Trukikaitis_Postimees, lk 42
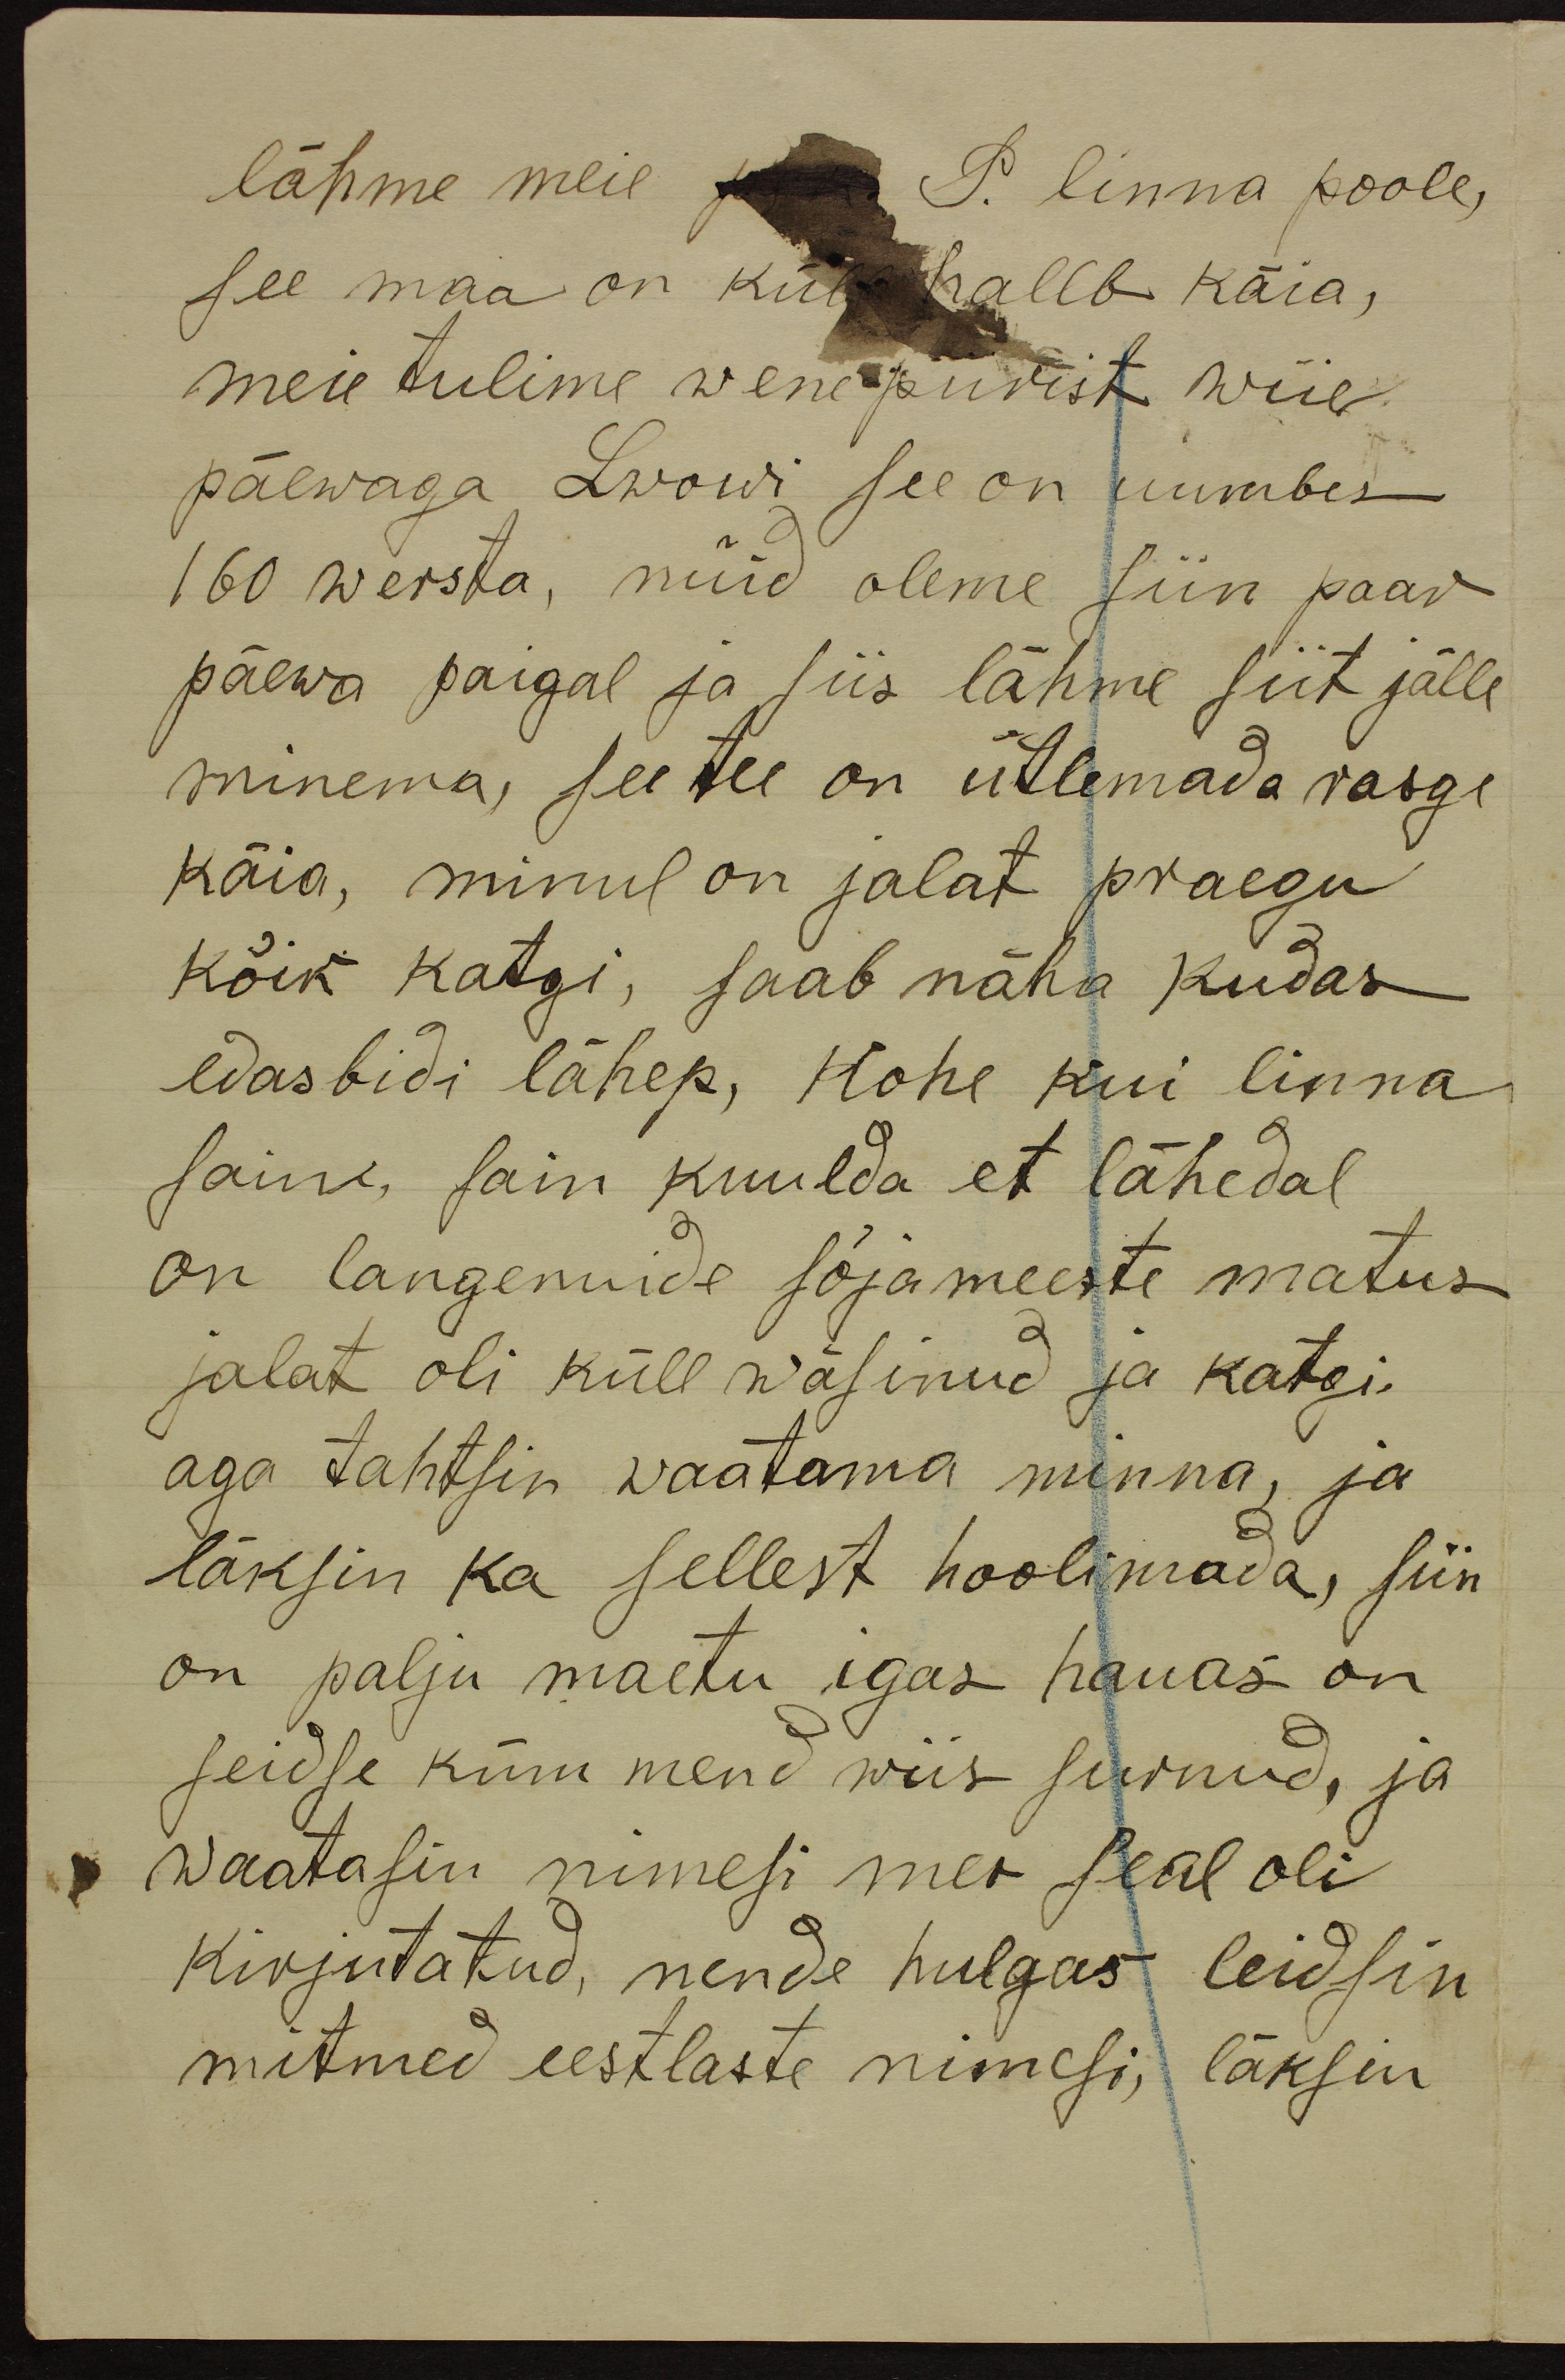
läpme meie järe. P. linna poole,
see maa on küll halb käia,
meie tulime wene piirist wiie
päewaga Lwowi see on uumbes
160 wersta, nüid oleme siin paar
päewa paigal ja siis lähme siit jälle
minema, see tee on ütlemada rasge
käia, minul on jalat praegu
kõik katgi, saab näha kudas
edasbidi lähep, kohe kui linna
saine sain kuulda et lähedal
on langenuide sõjameeste matus
jalat oli küll wäsinud ja katgi,
aga tahtsin waatama minna, ja
läksin ka sellest hoolimada, siin
on palju maetu igas hauas on
seidsekümmend wiis surnud, ja
waatasin nimesi mes seal oli
kirjutatud, nende hulgas leidsin
mitmed eestlaste nimesi, läksin